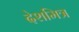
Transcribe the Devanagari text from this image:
देशमित्र